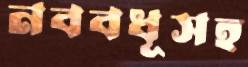
নববধূসহ